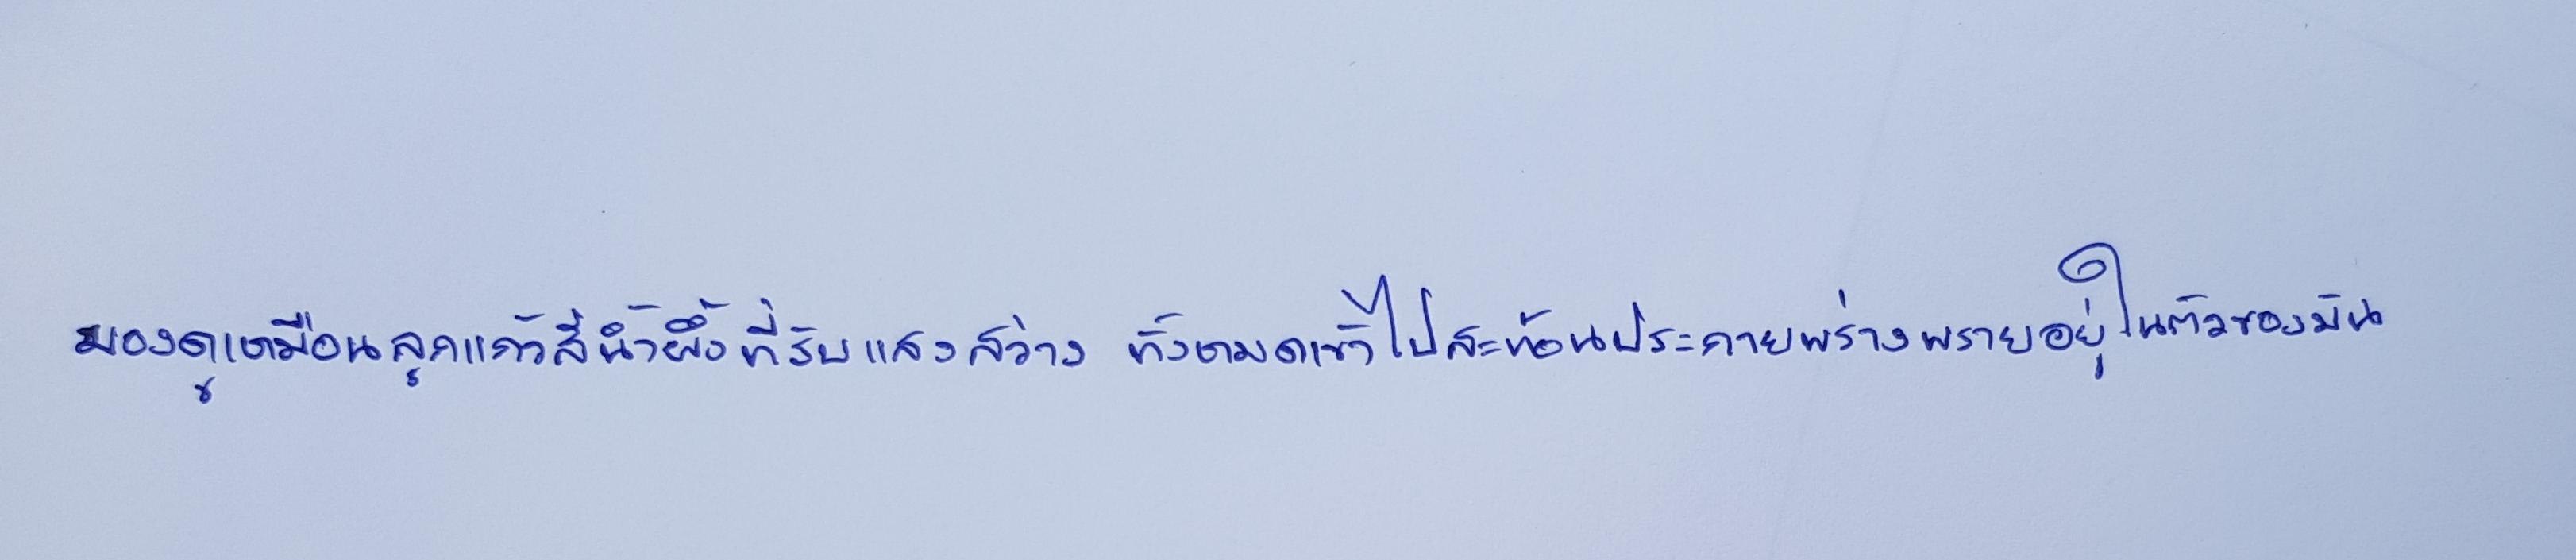
มองดูเหมือนลูกแก้วสีน้ำผึ้งที่รับแสงสว่างทั้งหมดเข้าไปสะท้อนประกายพร่างพรายอยู่ในตัวของมัน